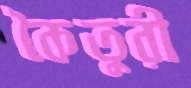
কৈতুরী